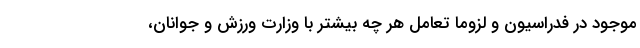
موجود در فدراسیون و لزوماً تعامل هر چه بیشتر با وزارت ورزش و جوانان،